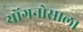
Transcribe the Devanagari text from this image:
योंगनोसाला